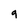
Character: 9